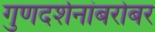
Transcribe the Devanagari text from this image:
गुणदर्शनांबरोबर